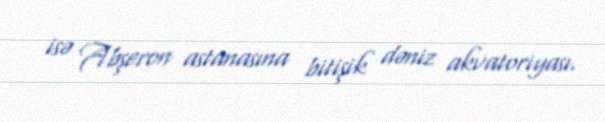
isə Abşeron astanasına bitişik dəniz akvatoriyası.